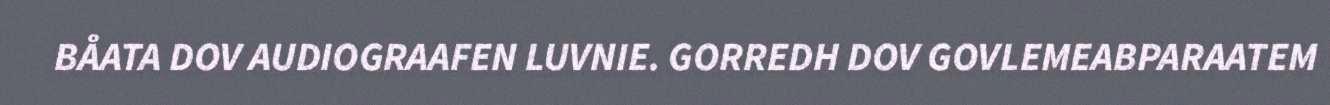
BÅATA DOV AUDIOGRAAFEN LUVNIE. GORREDH DOV GOVLEMEABPARAATEM